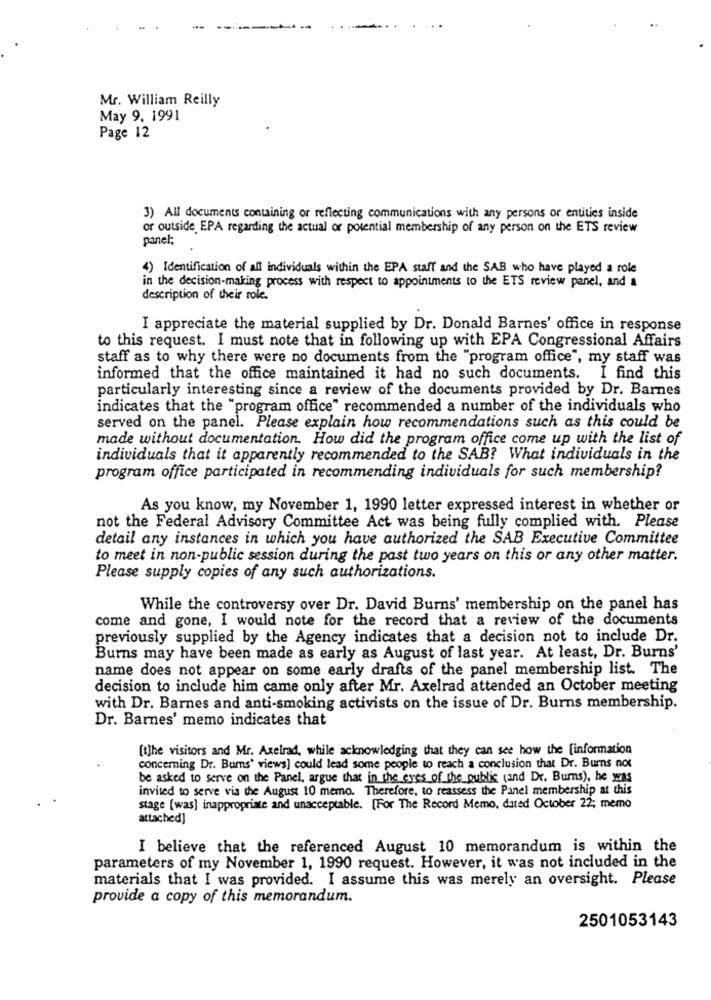
Mr. William Reilly
May 9. 1991
Page 12
3) All documents containing or reflecting communications with any persons or entities inside
or outside EPA regarding the actual or potential membership of any person on the ETS review
panel;
4) Identification of all individuals within the EPA staff and the SAB who have played a role
in the decision-making process with respect to appointments to the ETS review panel, and a
description of their role.
I appreciate the material supplied by Dr. Donald Barnes' office in response
to this request. I must note that in following up with EPA Congressional Affairs
staff as to why there were no documents from the "program office", my staff was
informed that the office maintained it had no such documents. I find this
particularly interesting since a review of the documents provided by Dr. Barnes
indicates that the "program office" recommended a number of the individuals who
served on the panel. Please explain how recommendations such as this could be
made without documentation. How did the program office come up with the list of
individuals that it apparently recommended to the SAB? What individuals in the
program office participated in recommending individuals for such membership?
As you know, my November 1, 1990 letter expressed interest in whether or
not the Federal Advisory Committee Act was being fully complied with. Please
detail any instances in which you have authorized the SAB Executive Committee
to meet in non-public session during the past two years on this or any other matter.
Please supply copies of any such authorizations.
While the controversy over Dr. David Burns' membership on the panel has
come and gone, I would note for the record that a review of the documents
previously supplied by the Agency indicates that a decision not to include Dr.
Burns may have been made as early as August of last year. At least, Dr. Burns'
name does not appear on some early drafts of the panel membership list. The
decision to include him came only after Mr. Axelrad attended an October meeting
with Dr. Barnes and anti-smoking activists on the issue of Dr. Burns membership.
Dr. Barnes' memo indicates that
[t]he visitors and Mr. Axelrad, while acknowledging that they can see how the [information
concerning Dr. Bums' views] could lead some people to reach a conclusion that Dr. Burns not
be asked to serve on the Panel, argue that in the eyes of the public (and Dr. Burns), he was
invited to serve via the August 10 memo. Therefore, to reassess the Panel membership at this
stage [was] inappropriate and unacceptable. [For The Record Memo, dated October 22; memo
attached]
I believe that the referenced August 10 memorandum is within the
parameters of my November 1, 1990 request. However, it was not included in the
materials that I was provided. I assume this was merely an oversight. Please
provide a copy of this memorandum.
2501053143